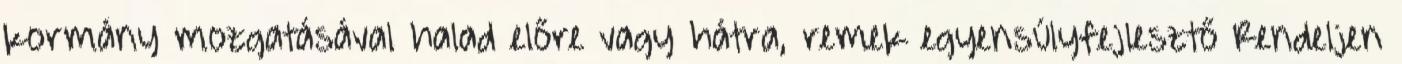
kormány mozgatásával halad előre vagy hátra, remek egyensúlyfejlesztő Rendeljen